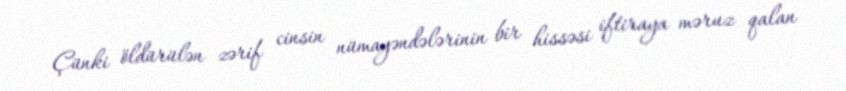
Çünki öldürülən zərif cinsin nümayəndələrinin bir hissəsi iftiraya məruz qalan